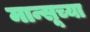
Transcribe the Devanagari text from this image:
मान्सूच्या